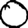
Digit: 0